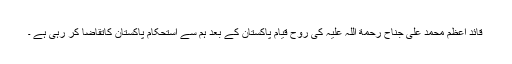
قائد اعظم محمد علی جناح رحمة اللہ علیہ کی روح قیام پاکستان کے بعد ہم سے استحکام پاکستان کاتقاضا کر رہی ہے ۔